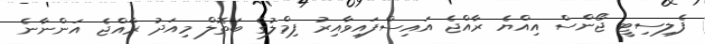
ފެލިސިޓީ ޖޯންސް އިއްޔެ ރާއްޖެ އައިސްފައިވާއިރު ފިމްލުގެ ބަތޮލް މިއަދު ރާއްޖެ އަންނާނެ